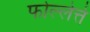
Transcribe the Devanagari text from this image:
फोल्लेत्ते